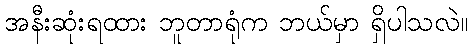
အနီးဆုံးရထား ဘူတာရုံက ဘယ်မှာ ရှိပါသလဲ။